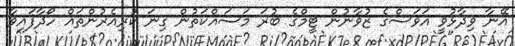
އޭނާ ވިދާޅުވީ އަވަސްގެ ޒުވާނުން ޓީމްގެ ބުރަ މަސައްކަތުން ގިނަ ކުރިއެރުންތައް ހޯދާފައިވާ